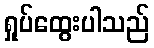
ရှုပ်ထွေးပါသည်